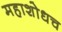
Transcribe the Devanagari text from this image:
महाशोधच